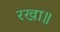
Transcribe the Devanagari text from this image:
रखा॥